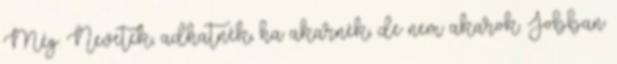
Még. Nevetek, adhatnék, ha akarnék, de nem akarok. Jobban